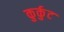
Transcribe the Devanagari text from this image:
कुर्कुट